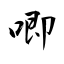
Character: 唧